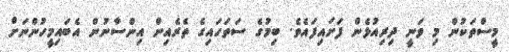
މީސްތަކުން މި ވަނީ ދިރިއުޅެން ފަށައިފައެވެ. ބިމުގެ ސަތަހައިގެ ތެރެއިން އިންސާނުން އެބައިމީހުންނަށް